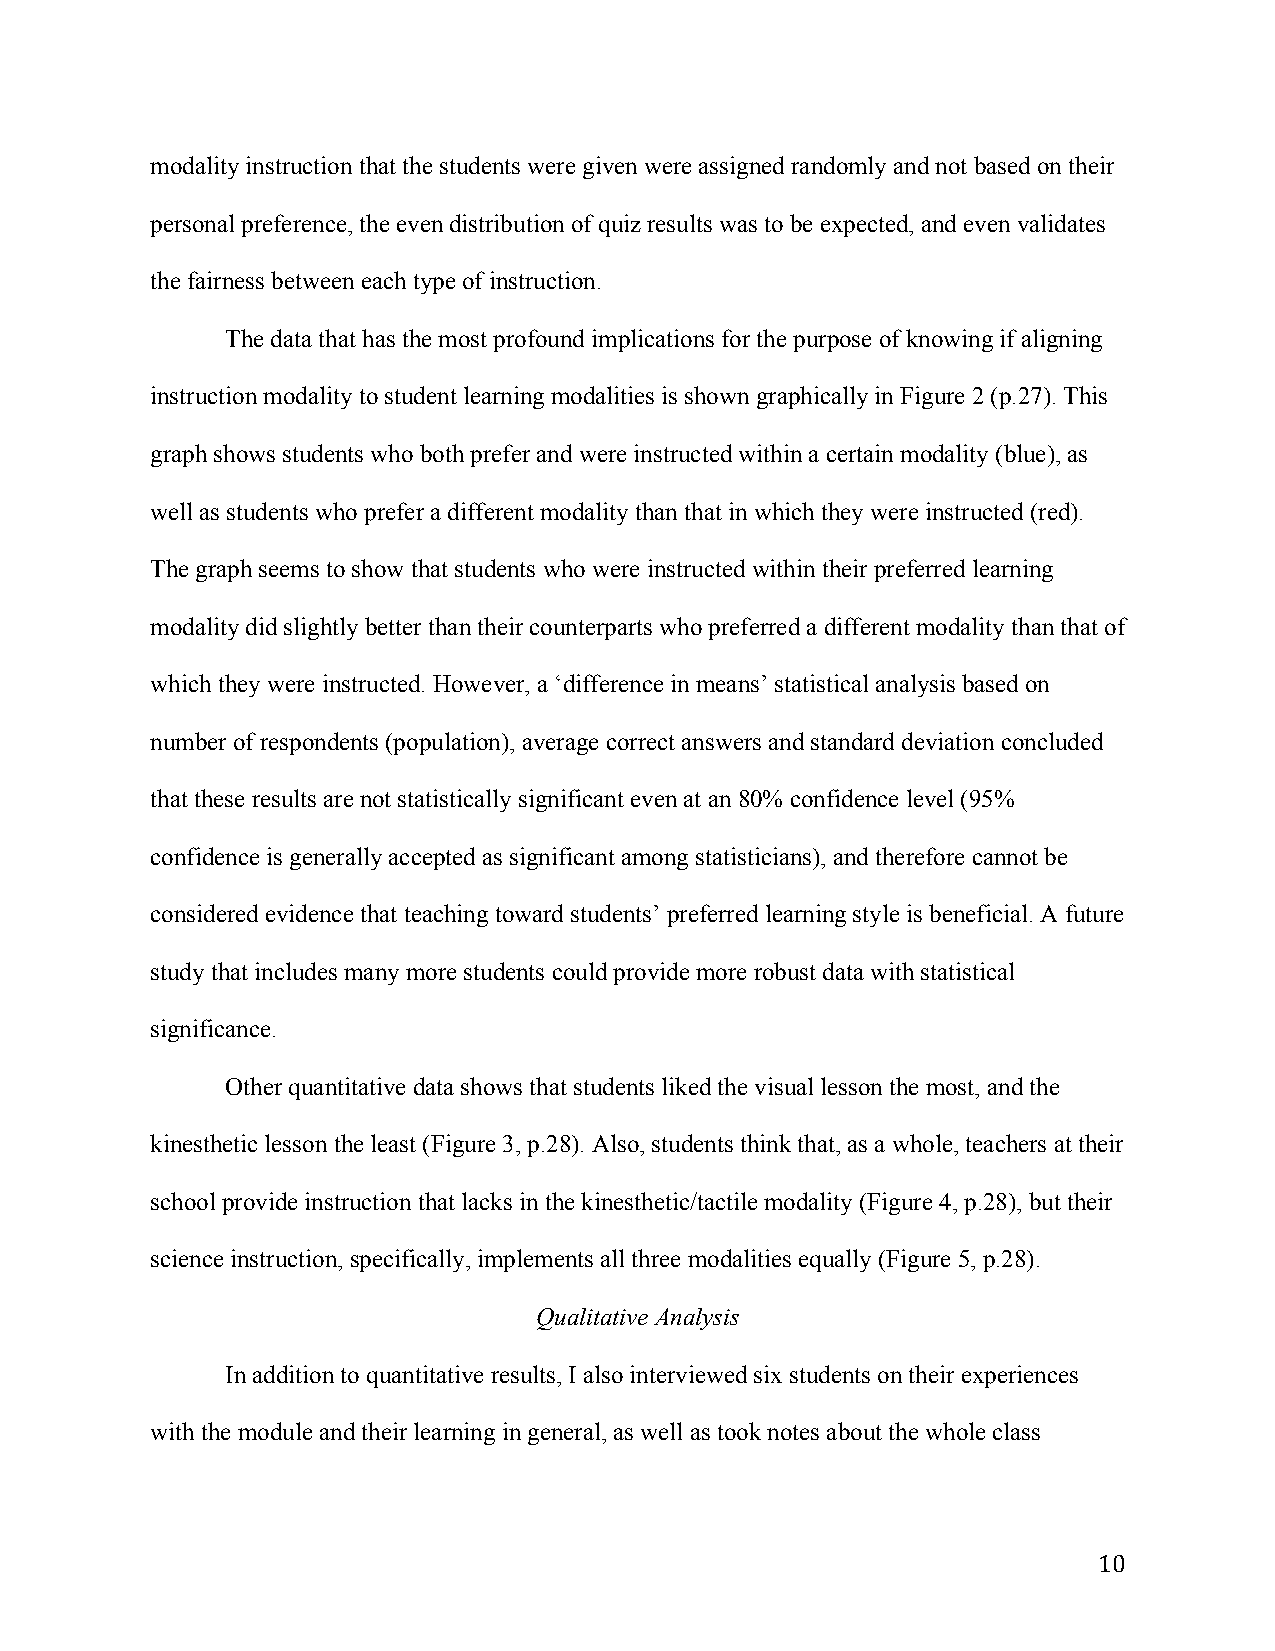
modality instruction that the students were given were assigned randomly and not based on their
 personal preference, the even distribution of quiz results was to be expected, and even validates
 the fairness between each type of instruction.
 The data that has the most profound implications for the purpose of knowing if aligning
 instruction modality to student learning modalities is shown graphically in Figure 2 (p.27). This
 graph shows students who both prefer and were instructed within a certain modality (blue), as
 well as students who prefer a different modality than that in which they were instructed (red).
 The graph seems to show that students who were instructed within their preferred learning
 modality did slightly better than their counterparts who preferred a different modality than that of
 which they were instructed. However, a ‘difference in means’ statistical analysis based on
 number of respondents (population), average correct answers and standard deviation concluded
 that these results are not statistically significant even at an 80% confidence level (95%
 confidence is generally accepted as significant among statisticians), and therefore cannot be
 considered evidence that teaching toward students’ preferred learning style is beneficial. A future
 study that includes many more students could provide more robust data with statistical
 significance.
 Other quantitative data shows that students liked the visual lesson the most, and the
 kinesthetic lesson the least (Figure 3, p.28). Also, students think that, as a whole, teachers at their
 school provide instruction that lacks in the kinesthetic/tactile modality (Figure 4, p.28), but their
 science instruction, specifically, implements all three modalities equally (Figure 5, p.28).
 Qualitative Analysis
 In addition to quantitative results, I also interviewed six students on their experiences
 with the module and their learning in general, as well as took notes about the whole class
 10